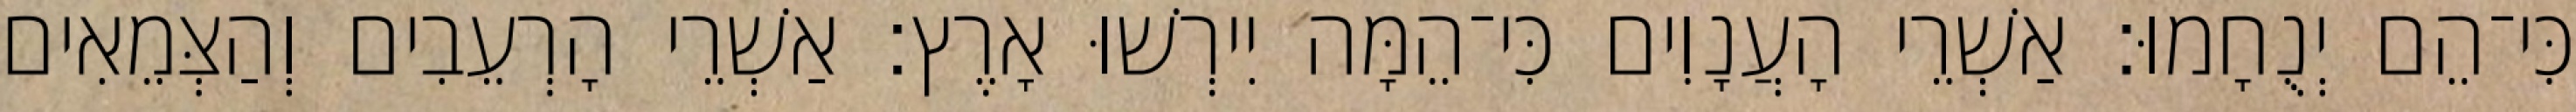
כִּי־הֵם יְנֻחָמוּ׃ אַשְׁרֵי הָעֲנָוִים כִּי־הֵמָּה יִירְשׁוּ אָרֶץ׃ אַשְׁרֵי הָרְעֵבִים וְהַצְּמֵאִים